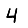
Digit: 4